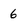
Character: 6